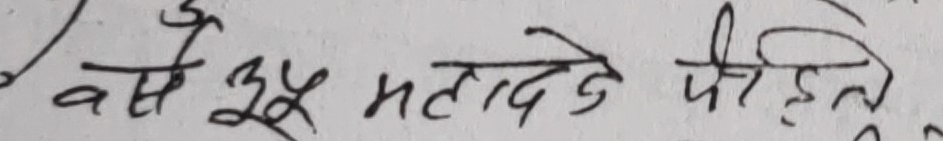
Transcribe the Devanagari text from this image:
असे ३५ मतादे पिईते